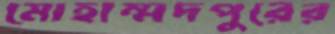
মোহাম্মদপুরের